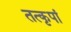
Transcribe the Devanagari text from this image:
तत्कृपां